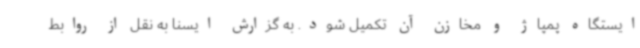
ایستگاه پمپاژ و مخازن آن تکمیل شود. به گزارش ایسنا به نقل از روابط